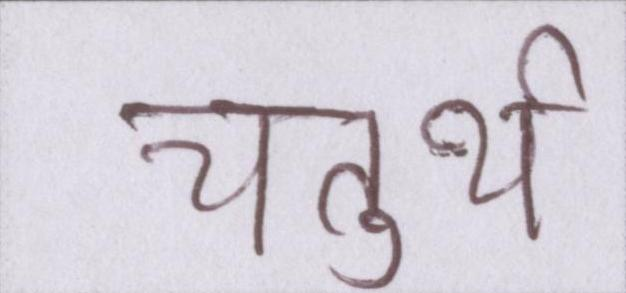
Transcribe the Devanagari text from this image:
चतुर्थ